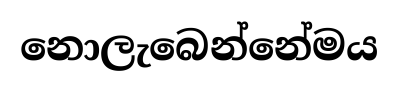
නොලැබෙන්නේමය